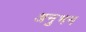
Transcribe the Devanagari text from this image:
अनुभन